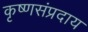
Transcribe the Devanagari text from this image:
कृष्णसंप्रदाय